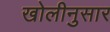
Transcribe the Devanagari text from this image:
खोलीनुसार